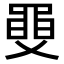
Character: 𦥼